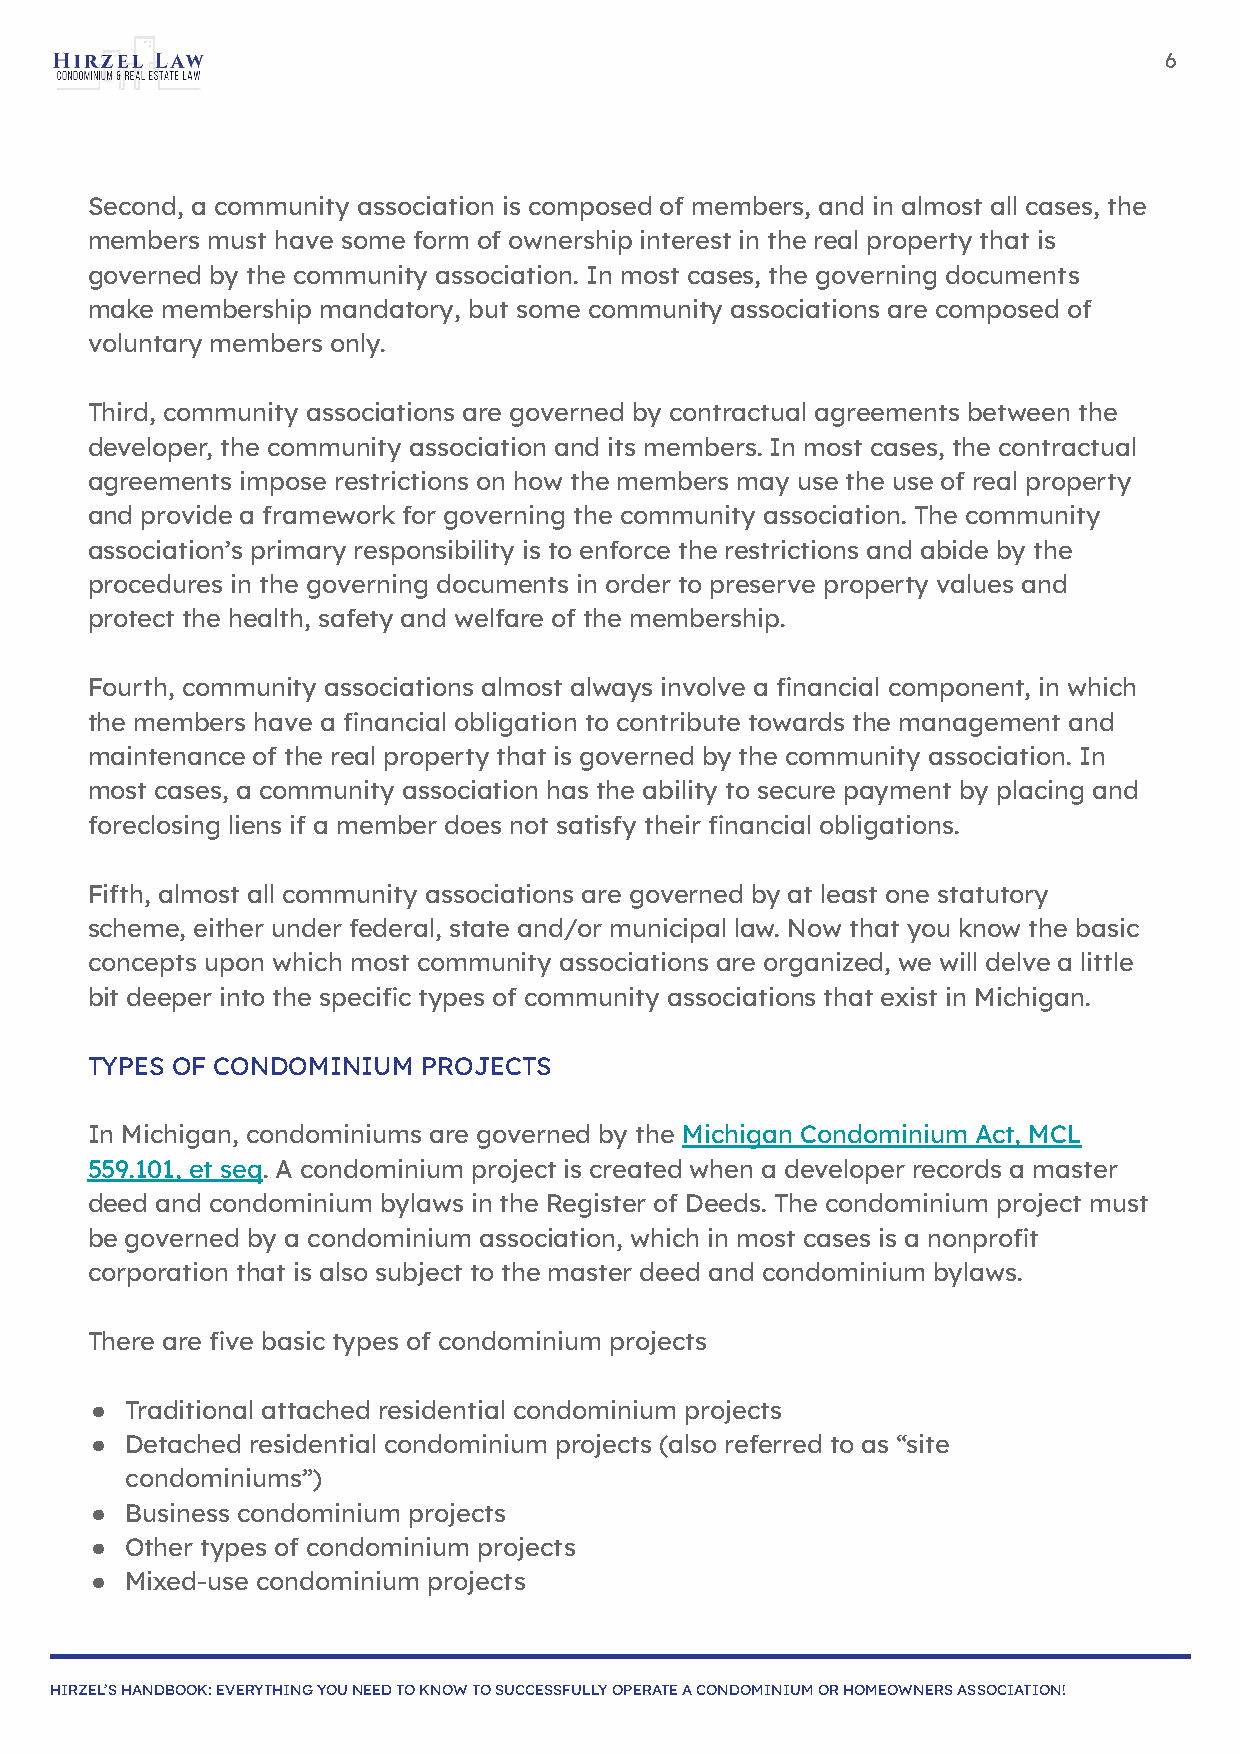
6
 Second, a community association is composed of members, and in almost all cases, the
 members must have some form of ownership interest in the real property that is
 governed by the community association. In most cases, the governing documents
 make membership mandatory, but some community associations are composed of
 voluntary members only.
 Third, community associations are governed by contractual agreements between the
 developer, the community association and its members. In most cases, the contractual
 agreements impose restrictions on how the members may use the use of real property
 and provide a framework for governing the community association. The community
 association’s primary responsibility is to enforce the restrictions and abide by the
 procedures in the governing documents in order to preserve property values and
 protect the health, safety and welfare of the membership.
 Fourth, community associations almost always involve a financial component, in which
 the members have a financial obligation to contribute towards the management and
 maintenance of the real property that is governed by the community association. In
 most cases, a community association has the ability to secure payment by placing and
 foreclosing liens if a member does not satisfy their financial obligations.
 Fifth, almost all community associations are governed by at least one statutory
 scheme, either under federal, state and/or municipal law. Now that you know the basic
 concepts upon which most community associations are organized, we will delve a little
 bit deeper into the specific types of community associations that exist in Michigan.
 TYPES OF CONDOMINIUM  PROJECTS
 In Michigan, condominiums are governed by the Michigan Condominium Act, MCL
 559.101, et seq. A condominium project is created when a developer records a master
 deed and condominium bylaws in the Register of Deeds. The condominium project must
 be governed by a condominium association, which in most cases is a nonprofit
 corporation that is also subject to the master deed and condominium bylaws.
 There are five basic types of condominium projects
 ● Traditional attached residential condominium projects
 ● Detached residential condominium projects (also referred to as “site
 condominiums”)
 ● Business condominium projects
 ● Other types of condominium projects
 ● Mixed-use condominium projects
 HIRZEL’S HANDBOOK: EVERYTHING YOU NEED TO KNOW TO SUCCESSFULLY OPERATE A CONDOMINIUM OR HOMEOWNERS ASSOCIATION!